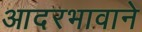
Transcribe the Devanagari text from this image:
आदरभावाने